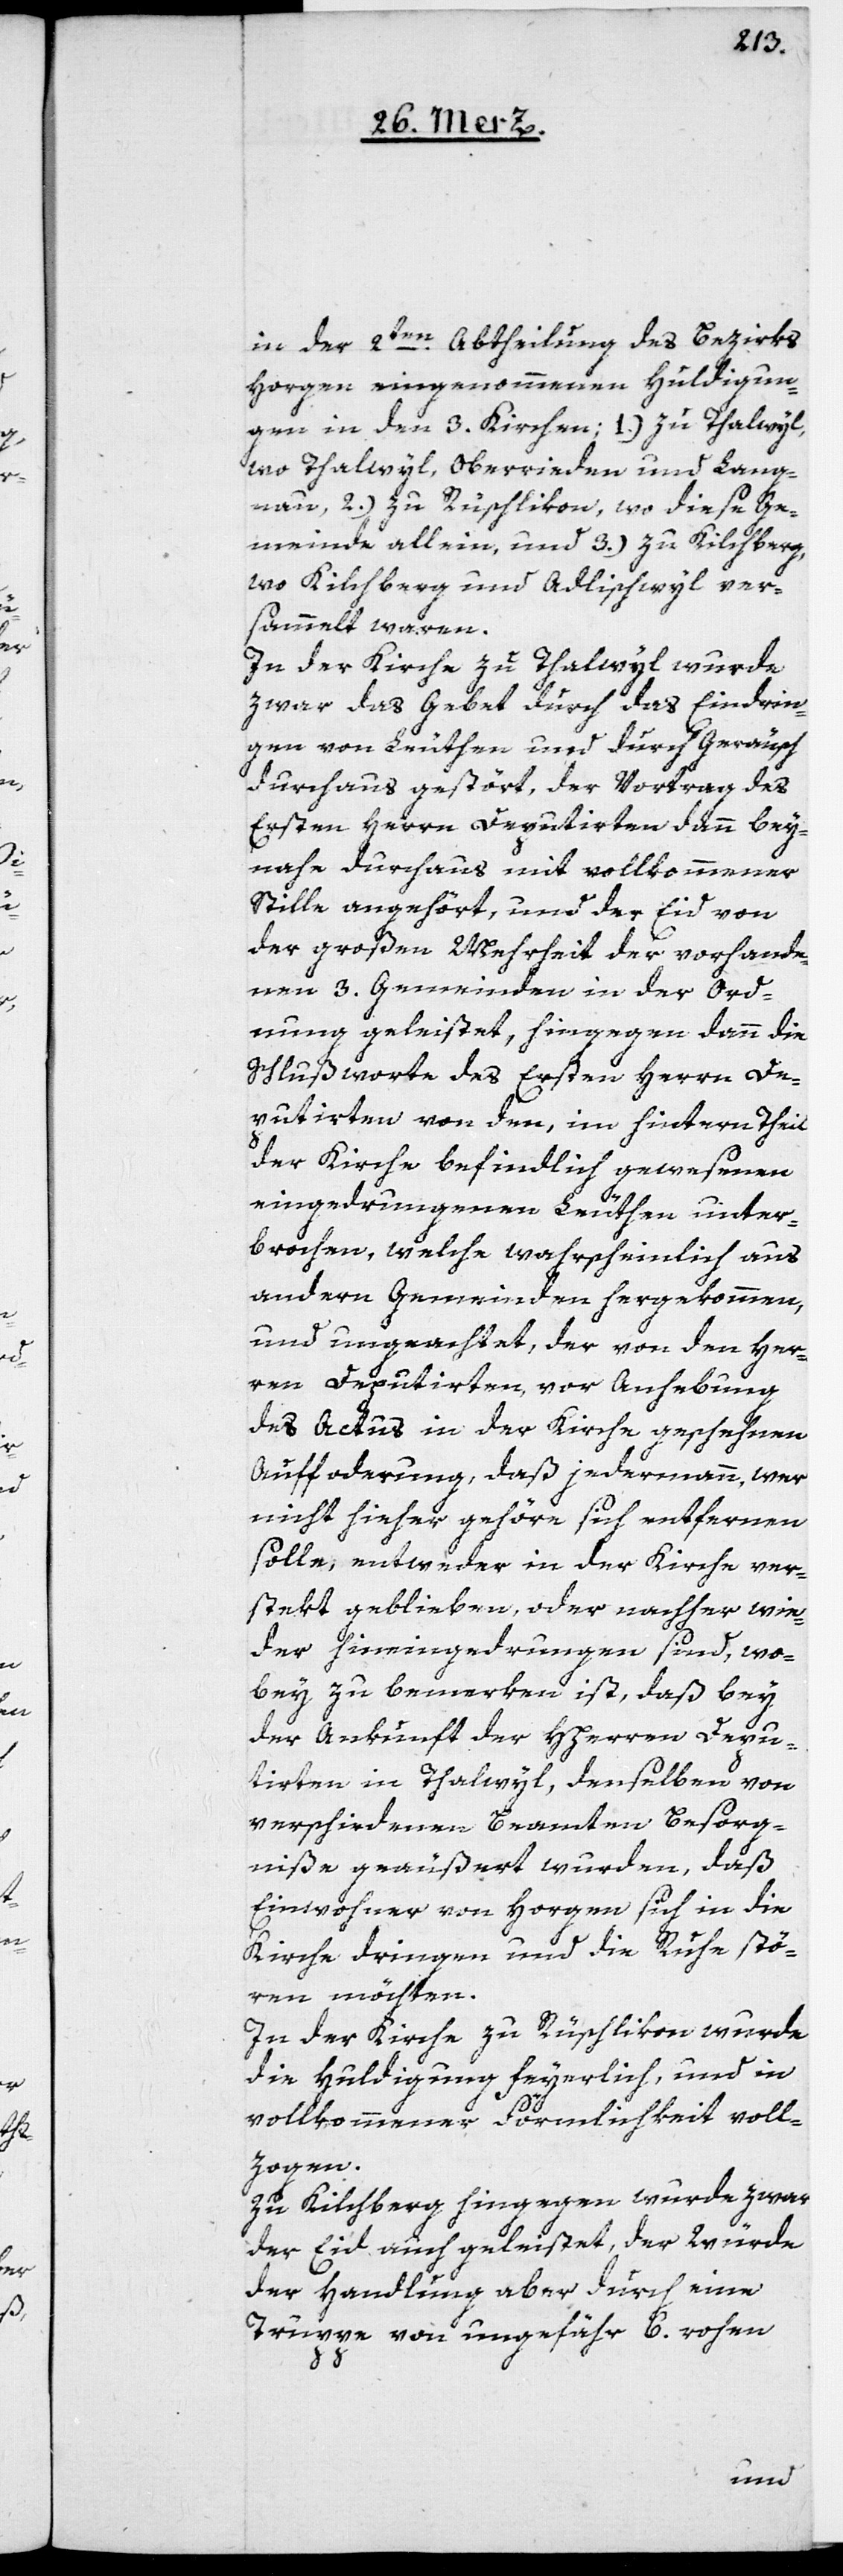
in der 2ten Abtheilung des Bezirks
Horgen eingenommenen Huldigun¬
gen in den 3. Kirchen: 1.) zu Thalwyl,
wo Thalwyl, Oberrieden und Lang¬
nau, 2.) zu Rüschlikon, wo diese Ge¬
meinde allein, und 3.) zu Kilchberg,
wo Kilchberg und Adlischwyl ver¬
sammelt waren.
In der Kirche zu Thalwyl wurde
zwar das Gebet durch das Eindrin¬
gen von Leuthen und durch Geräusch
durchaus gestört, der Vortrag des
Ersten Herrn Deputirten dann bey¬
nahe durchhaus mit vollkommener
Stille angehört, und der Eid von
der großen Mehrheit der vorhande¬
nen 3. Gemeinden in der Ord¬
nung geleistet, hingegen dann die
Schlußworte des Ersten Herrn De¬
putirten von den, im hintern Theil
der Kirche befindlich gewesenen
eingedrungenen Leuthen unter¬
brochen, welche wahrscheinlich aus
andern Gemeinden hergekommen
und ungeachtet, der von den Her¬
ren Deputirten vor Anhebung
des Actus in der Kirche geschehnen
Aufforderung, daß jedermann, wer
nicht hieher gehöre sich entfernen
solle, entweder in der Kirche ver¬
stekt geblieben, oder nachher wie¬
der hineingedrungen sind, wo¬
bey zu bemerken ist, daß bey
der Ankunft der HHerren Depu¬
tirten in Thalwyl, denselben von
verschiedenen Beamten Besorg¬
niße geäußert wurden, daß
Einwohner von Horgen sich in die
Kirche dringend und die Ruhe stö¬
ren möchten.
In der Kirche zu Rüschlikon wurde
die Huldigung feyerlich, und in
vollkommener Förmlichkeit voll¬
zogen.
Zu Kilchberg hingegen wurde zwar
der Eid auch geleistet, der Würde
der Handlung aber, durch eine
Truppe von ungefähr 6. rohen